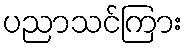
ပညာသင်ကြား